Insane asylums in Bengal annual reports 1867-1875 - 1867-1875
Year: 1867
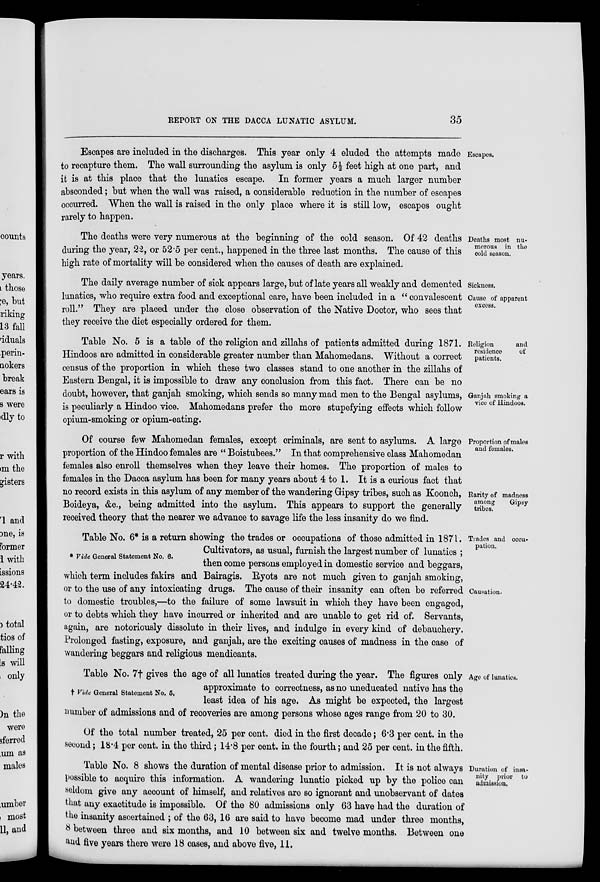
REPORT ON THE DACCA LUNATIC ASYLUM.
35
Escapes.
Escapes are included in the discharges. This year only 4 eluded the attempts made
to recapture them. The wall surrounding the asylum is only 5½ feet high at one part, and
it is at this place that the lunatics escape. In former years a much larger number
absconded ; but when the wall was raised, a considerable reduction in the number of escapes
occurred. When the wall is raised in the only place where it is still low, escapes ought
rarely to happen.
Deaths most nu-
merous in the
cold season.
The deaths were very numerous at the beginning of the cold season. Of 42 deaths
during the year, 22, or 52.5 per cent., happened in the three last months. The cause of this
high rate of mortality will be considered when the causes of death are explained.
Sickness.
Cause of apparent
excess.
The daily average number of sick appears large, but of late years all weakly and demented
lunatics, who require extra food and exceptional care, have been included in a " convalescent
roll." They are placed under the close observation of the Native Doctor, who sees that
they receive the diet especially ordered for them.
Religion
and
residence
of
patients.
Ganjah smoking a
vice of Hindoos.
Table No. 5 is a table of the religion and zillahs of patients admitted during 1871.
Hindoos are admitted in considerable greater number than Mahomedans. Without a correct
census of the proportion in which these two classes stand to one another in the zillahs of
Eastern Bengal, it is impossible to draw any conclusion from this fact. There can be no
doubt, however, that ganjah smoking, which sends so many mad men to the Bengal asylums,
is peculiarly a Hindoo vice. Mahomedans prefer the more stupefying effects which follow
opium-smoking or opium-eating.
Proportion of males
and females.
Rarity of madness
among
Gipsy
tribes.
Of course few Mahomedan females, except criminals, are sent to asylums. A large
proportion of the Hindoo females are " Boistubees." In that comprehensive class Mahomedan
females also enroll themselves when they leave their homes. The proportion of males to
females in the Dacca asylum has been for many years about 4 to 1. It is a curious fact that
no record exists in this asylum of any member of the wandering Gipsy tribes, such as Koonch,
Boideya, &c., being admitted into the asylum. This appears to support the generally
received theory that the nearer we advance to savage life the less insanity do we find.
Trades and occu-
pation.
Causation.
* Vide General Statement No. 6.
Table No. 6* is a return showing the trades or occupations of those admitted in 1871.
Cultivators, as usual, furnish the largest number of lunatics ;
then come persons employed in domestic service and beggars,
which term includes fakirs and Bairagis. Ryots are not much given to ganjah smoking,
or to the use of any intoxicating drugs. The cause of their insanity can often be referred
to domestic troubles,—to the failure of some lawsuit in which they have been engaged,
or to debts which they have incurred or inherited and are unable to get rid of. Servants,
again, are notoriously dissolute in their lives, and indulge in every kind of debauchery.
Prolonged fasting, exposure, and ganjah, are the exciting causes of madness in the case of
wandering beggars and religious mendicants.
Age of lunatics.
† Vide General Statement No. 5.
Table No. 7† gives the age of all lunatics treated during the year. The figures only
approximate to correctness, as no uneducated native has the
least idea of his age. As might be expected, the largest
number of admissions and of recoveries are among persons whose ages range from 20 to 30.
Of the total number treated, 25 per cent. died in the first decade ; 6.3 per cent. in the
second ; 18.4 per cent. in the third ; 14.8 per cent. in the fourth; and 25 per cent. in the fifth.
Duration of insa-
nity prior to
admission.
Table No. 8 shows the duration of mental disease prior to admission. It is not always
possible to acquire this information. A wandering lunatic picked up by the police can
seldom give any account of himself, and relatives are so ignorant and unobservant of dates
that any exactitude is impossible. Of the 80 admissions only 63 have had the duration of
the insanity ascertained ; of the 63, 16 are said to have become mad under three months,
8 between three and six months, and 10 between six and twelve months. Between one
and five years there were 18 cases, and above five, 11.